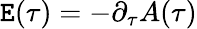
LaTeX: \mathtt{E}(\tau)=-\partial_{\tau}A(\tau)